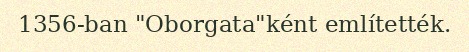
1356-ban "Oborgata"ként említették.